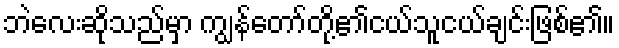
ဘဲလေးဆိုသည်မှာ ကျွန်တော်တို့၏ငယ်သူငယ်ချင်းဖြစ်၏။